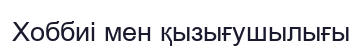
Хоббиі мен қызығушылығы